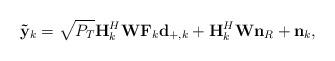
LaTeX: \begin{align*}\mathbf{\tilde{y}}_{k} & =\sqrt{P_{T}}\mathbf{H}_{k}^{H}\mathbf{W}\mathbf{{\mathbf{F}}}_{k}\mathbf{d}_{+,k}+\mathbf{H}_{k}^{H}\mathbf{W}\mathbf{n}_{R}+\mathbf{n}_{k},\end{align*}